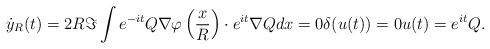
LaTeX: \begin{align*}\dot{y}_R(t) = 2 R \Im \int e^{-it} Q \nabla \varphi \left( \frac{x}{R} \right) \cdot e^{it} \nabla Q dx=0 \delta(u(t))=0 u(t)=e^{it}Q.\end{align*}